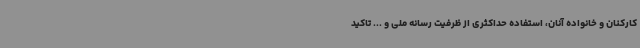
کارکنان و خانواده آنان، استفاده حداکثری از ظرفیت رسانه ملی و ... تاکید